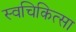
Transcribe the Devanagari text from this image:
स्वचिकित्सा